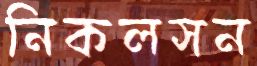
নিকলসন